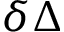
\delta \Delta